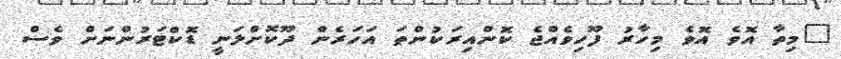
"މިތާ އޮވެ އޮވެ މިހާރު ފޫހިވެއްޖެ ކޮންއިރަކުންތަ އަހަރެން ދޫކޮށްލަނީ ޑޮކްޓަރުންނަށް ވެސް